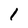
Character: 1